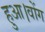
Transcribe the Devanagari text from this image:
हुआ।वोंग